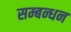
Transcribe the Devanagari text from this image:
सम्बन्धन